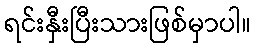
ရင်းနှီးပြီးသားဖြစ်မှာပါ။